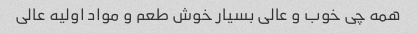
همه چی خوب و عالی بسیار خوش طعم و مواد اولیه عالی